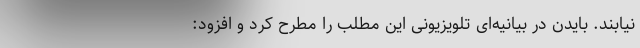
نیابند. بایدن در بیانیه‌ای تلویزیونی این مطلب را مطرح کرد و افزود: